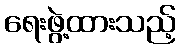
ရေးဖွဲ့ထားသည့်